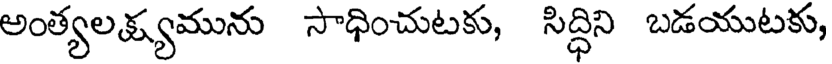
అంత్యలక్ష్యమును సాధించుటకు, సిద్ధిని బడయుటకు,